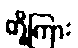
တို့ကြား